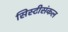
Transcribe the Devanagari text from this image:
सिस्टीसंकल